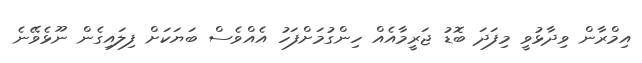
އިމްރާން ވިދާޅުވީ މިފަދަ ބޮޑު ޖަރީމާއެއް ހިންގުމަށްފަހު އެއްވެސް ބަޔަކަށް ފިލައިގެން ނޫޅެވޭނެ